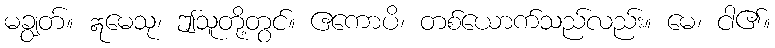
မချွတ်။ ဣမေသု၊ ဤသူတို့တွင်။ ဧကောပိ၊ တစ်ယောက်သည်လည်း။ မေ၊ ငါ၏။